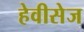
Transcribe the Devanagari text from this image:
हेवीसेज